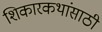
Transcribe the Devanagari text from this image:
शिकारकथांसाठी